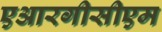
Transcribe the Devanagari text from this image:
एआरगीसीएम